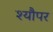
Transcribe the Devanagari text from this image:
श्यौपर